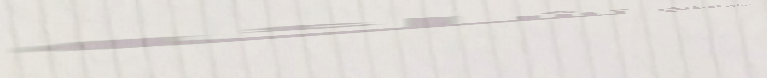
محل بيع أدوات المطبخ: تشك